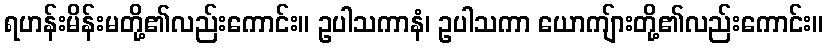
ရဟန်းမိန်းမတို့၏လည်းကောင်း။ ဥပါသကာနံ၊ ဥပါသကာ ယောကျ်ားတို့၏လည်းကောင်း။